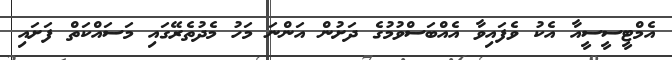
އެމްޓީސީސީއާ އެކު ވެފައިވާ އެއްބަސްވުމުގެ ދަށުން އަންނަ މަހު މެދުތެރޭގައި މަސައްކަތް ފަށައި